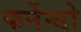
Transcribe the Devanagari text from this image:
फर्नेन्डो